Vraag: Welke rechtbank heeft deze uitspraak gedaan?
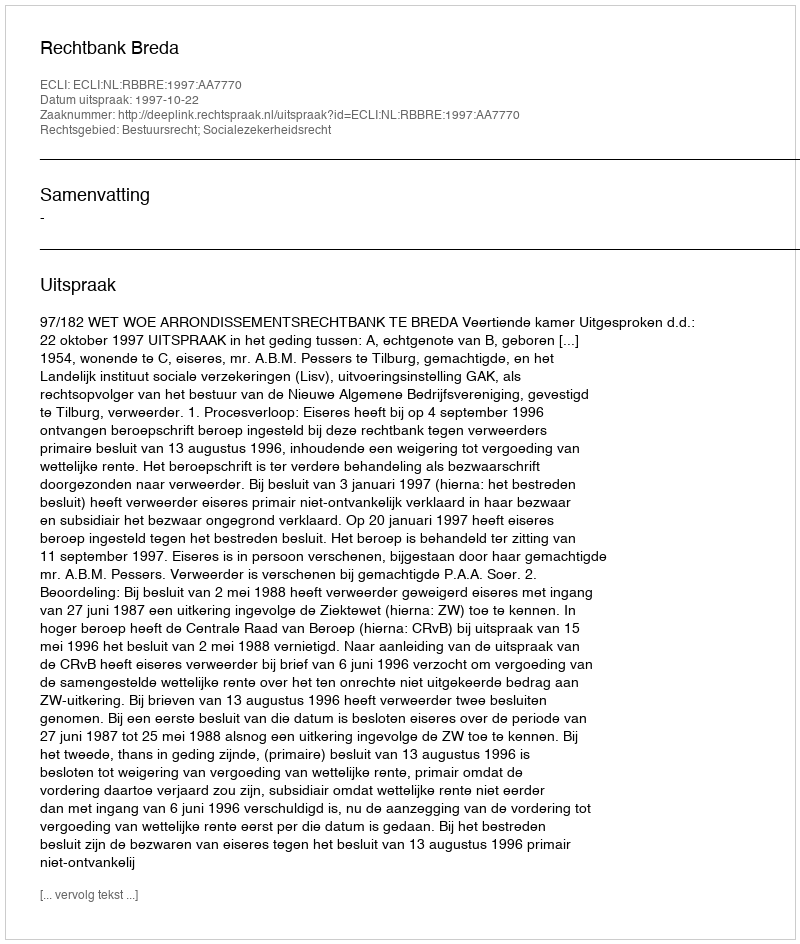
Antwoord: Rechtbank Breda